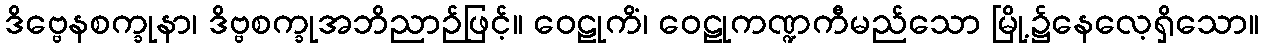
ဒိဗ္ဗေနစက္ခုနာ၊ ဒိဗ္ဗစက္ခုအဘိညာဉ်ဖြင့်။ ဝေဠုကိံ၊ ဝေဠုကဏ္ဍကီမည်သော မြို့၌နေလေ့ရှိသော။